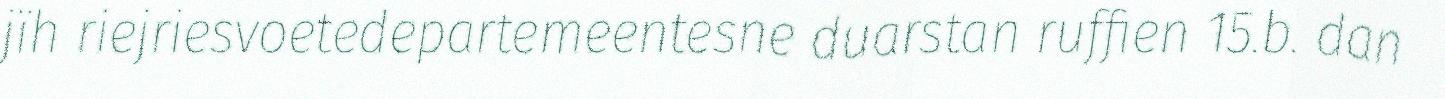
jïh riejriesvoetedepartemeentesne duarstan ruffien 15.b. dan